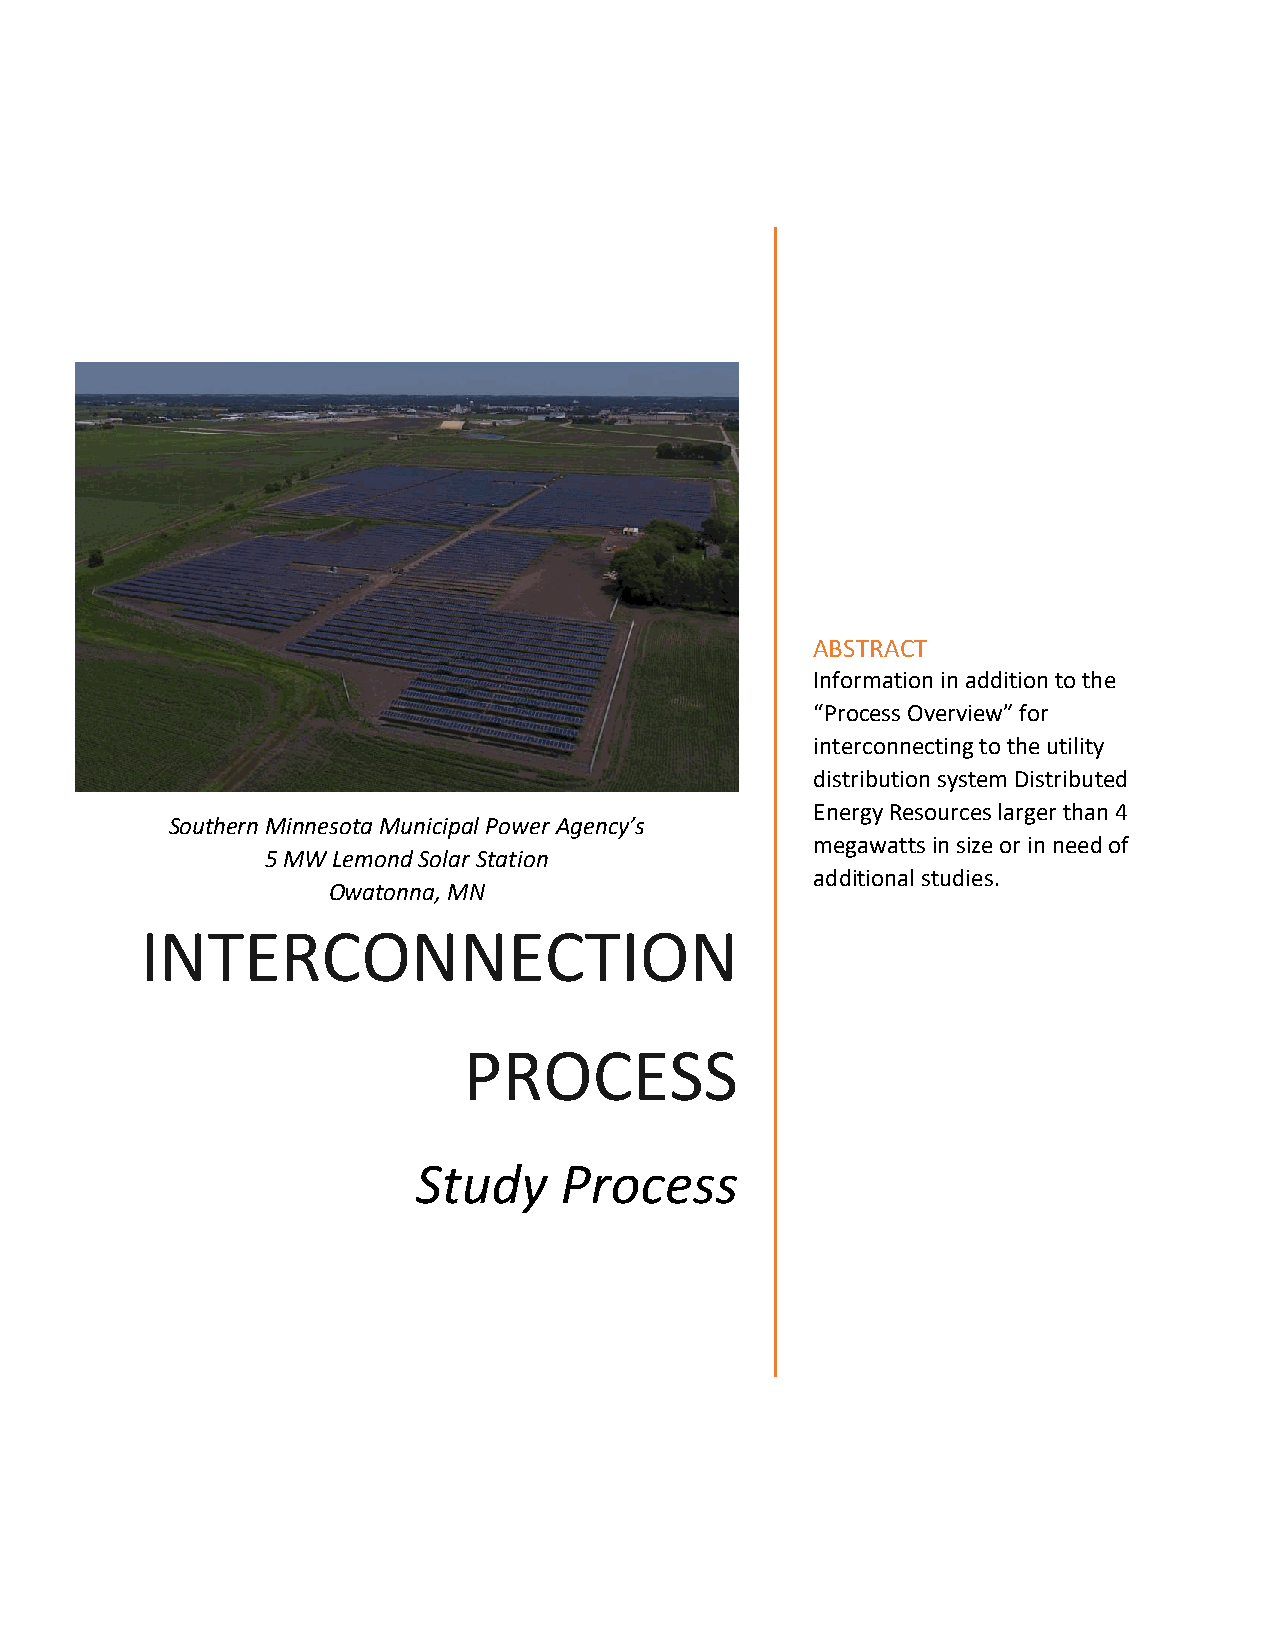
ABSTRACT
 Information in addition to the
 “Process Overview” for
 interconnecting to the utility
 distribution system Distributed
 Energy Resources larger than 4
 Southern Minnesota Municipal Power Agency’s
 megawatts in size or in need of
 5 MW Lemond Solar Station
 additional studies.
 Owatonna, MN
 INTERCONNECTION
 PROCESS
 Study    Process